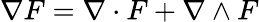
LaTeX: \nabla F=\nabla\cdot F+\nabla\wedge F